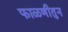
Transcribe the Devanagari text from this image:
फाळणीतुन